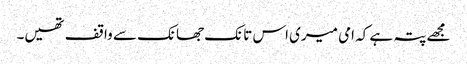
مجھے پتہ ہے کہ امی میری اس تانک جھانک سے واقف تھیں۔